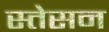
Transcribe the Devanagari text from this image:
स्तेसन